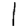
Digit: 1